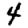
Digit: 4